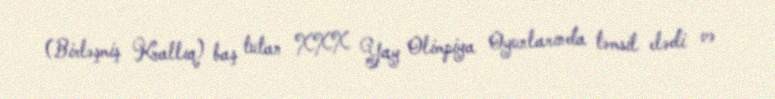
(Birləşmiş Krallıq) baş tutan XXX Yay Olimpiya Oyunlarında təmsil elədi və